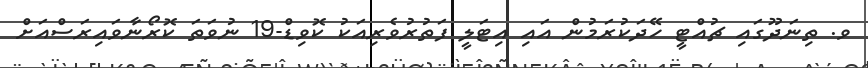
ވ. ތިނަދޫގައި ޗުއްޓީ ހޭދަކުރަމުން އައި އިޓަލީ ފަތުރުވެރިއަކު ކޮވިޑް-19 ނުވަތަ ކޮރޯނާވައިރަސްއަށް